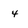
Character: 4